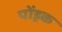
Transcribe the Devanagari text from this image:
पोंड्रक